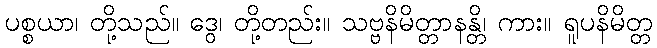
ပစ္စယာ၊ တို့သည်။ ဒွေ၊ တို့တည်း။ သဗ္ဗနိမိတ္တာနန္တိ၊ ကား။ ရူပနိမိတ္တ